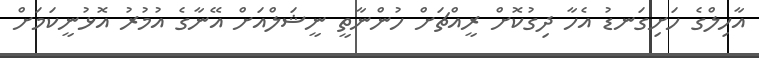
އާހިލްގެ ހަށިގަނޑު އެހާ ދިގުކޮށް ރީއްޗަށް ހުންނާތީ ނީޝަލްއަށް އޭނާގެ އުމުރު އޮޅުނީކަމަށް